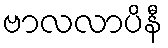
ဗာလလာပိနီ